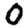
Digit: 0